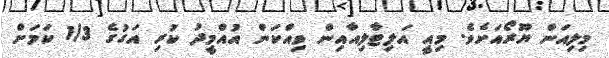
މިލިއަން ޔޫރޯއަށެވެ. މިއީ އަލިޓާލިއާއިން ވިއްކަން އުއްމީދު ކުރި އަގުގެ 1/3 ކަމަށް